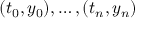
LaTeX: ( t _ { 0 } , y _ { 0 } ) , \ldots , ( t _ { n } , y _ { n } )